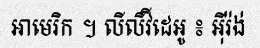
អាមេរិក ។ លីលីវីដេអូ ៖ អ៊ីរ៉ង់